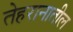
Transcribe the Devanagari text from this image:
तेहरानातील